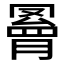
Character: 𦌄